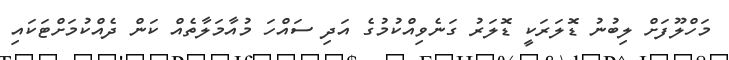
މަހްލޫފަށް ލިބުނު ޑޮލަރަކީ ޑޮލަރު ގަނެވިއްކުމުގެ އަދި ސައްހަ މުއާމަލާތެއް ކަން ދެއްކުމަށްޓަކައި